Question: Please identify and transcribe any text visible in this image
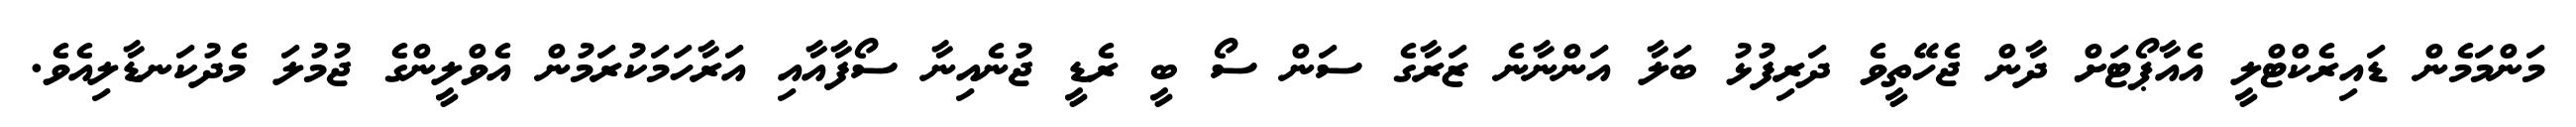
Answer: މަންމަމެން ޑައިރެކްޓްލީ އެއާޕޯޓަށް ދާން ޖެހޭތީވެ ދަރިފުޅު ބަލާ އަންނާނެ ޒަރާގެ ސަން ސޯ ބީ ރެޑީ ޖުނެއިނާ ސޯފާއާއި އަރާހަމަކުރަމުން އެވްލީންގެ ޖުމުލަ މެދުކަނޑާލިއެވެ.